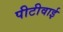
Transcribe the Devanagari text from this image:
पीटीवाई